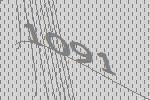
1091